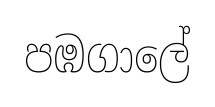
පඹගාලේ